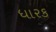
ધારક